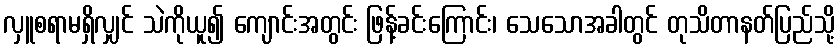
လှူစရာမရှိလျှင် သဲကိုယူ၍ ကျောင်းအတွင်း ဖြန့်ခင်းကြောင်း၊ သေသောအခါတွင် တုသိတာနတ်ပြည်သို့